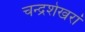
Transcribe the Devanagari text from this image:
चन्द्रशेखरां